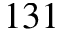
1 3 1